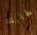
مطابقة